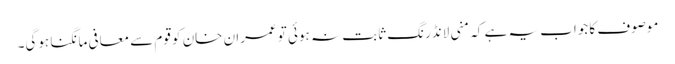
موصوف کا جواب یہ ہے کہ منی لانڈرنگ ثابت نہ ہوئی تو عمران خان کو قوم سے معافی مانگنا ہوگی۔